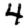
Digit: 4